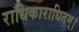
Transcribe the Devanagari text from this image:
राधिकाराधितम्।